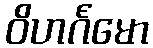
ဝိဟင်္ဂမော